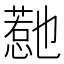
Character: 𭞱